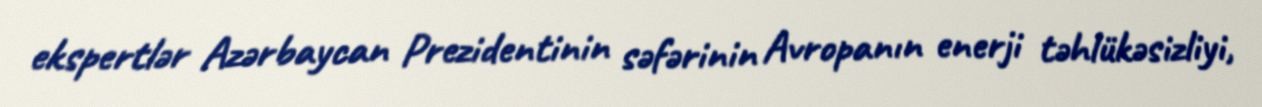
ekspertlər Azərbaycan Prezidentinin səfərinin Avropanın enerji təhlükəsizliyi,